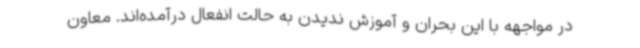
در مواجهه با این بحران و آموزش ندیدن به حالت انفعال درآمده‌اند. معاون